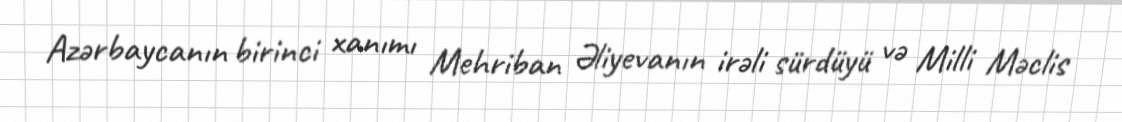
Azərbaycanın birinci xanımı Mehriban Əliyevanın irəli sürdüyü və Milli Məclis